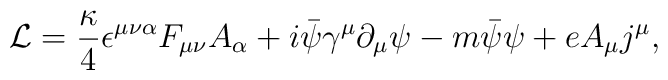
{\cal L} =  { \kappa \over 4} \epsilon^{\mu \nu \alpha } F_{\mu \nu } A_{\alpha}          + i \bar{\psi} {\gamma}^{\mu} {\partial}_{\mu} \psi - m \bar{\psi} \psi + e A_{\mu} j^{\mu} ,